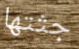
جثتها